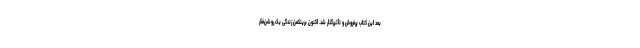
بعد این کتاب پرفروش و تأثیرگذار شد. اکنون برینکمن زندگی یک روشن‌فکر